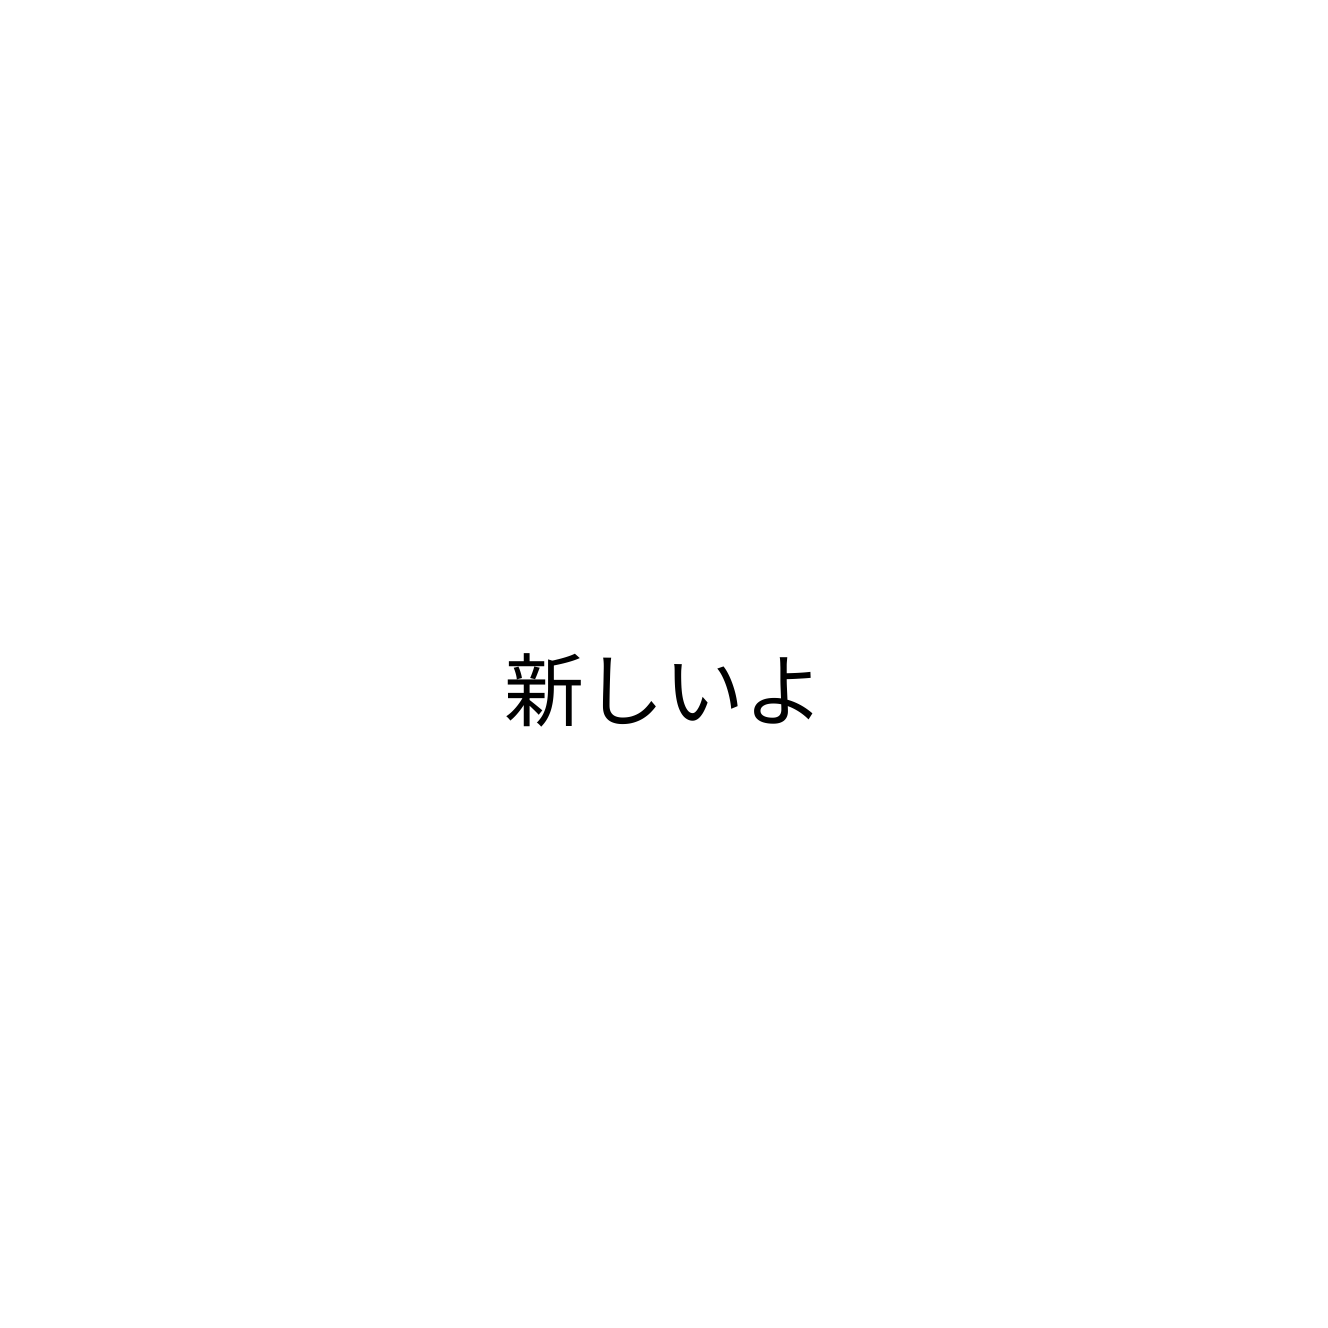
新しいよ